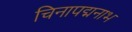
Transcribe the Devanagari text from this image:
चिनापद्मनाभ